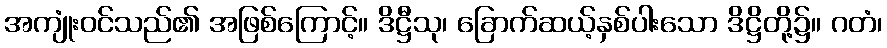
အကျုံးဝင်သည်၏ အဖြစ်ကြောင့်။ ဒိဋ္ဌီသု၊ ခြောက်ဆယ့်နှစ်ပါးသော ဒိဋ္ဌိတို့၌။ ဂတံ၊